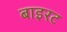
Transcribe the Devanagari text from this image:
बाइरट